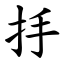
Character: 抙